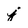
Character: j